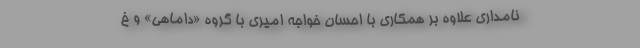
نامداری علاوه بر همکاری با احسان خواجه امیری با گروه «داماهی» و خ